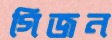
গিজন